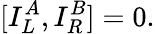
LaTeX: \lbrack{I_{L}^{A},I_{R}^{B}]}=0.